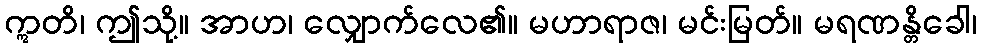
ဣတိ၊ ဤသို့။ အာဟ၊ လျှောက်လေ၏။ မဟာရာဇ၊ မင်းမြတ်။ မရဏန္တိခေါ၊